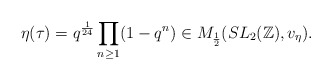
\begin{align*}\eta(\tau)=q^{\frac 1{24}}\prod_{n\ge 1}(1-q^n)\in M_{\frac{1}2}(SL_2(\Bbb Z),v_\eta).\end{align*}